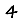
Digit: 4